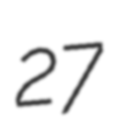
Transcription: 27